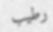
رطيب